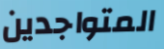
المتواجدين